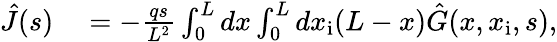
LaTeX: \begin{array}{rl}{\hat{J}(s)}&{{}=-\frac{qs}{L^{2}}\int_{0}^{L}dx\int_{0}^{L}dx_{\mathrm{i}}(L-x)\hat{G}(x,x_{\mathrm{i}},s),}\end{array}